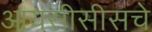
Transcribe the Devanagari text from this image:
आयसीसीसचे